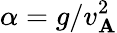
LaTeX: \alpha=g/v_{\mathbf{A}}^{2}